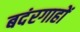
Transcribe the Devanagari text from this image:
बदंरगाहों